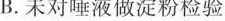
B.未对唾液做淀粉检验